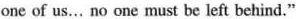
one of us…no one must be ieft behind."